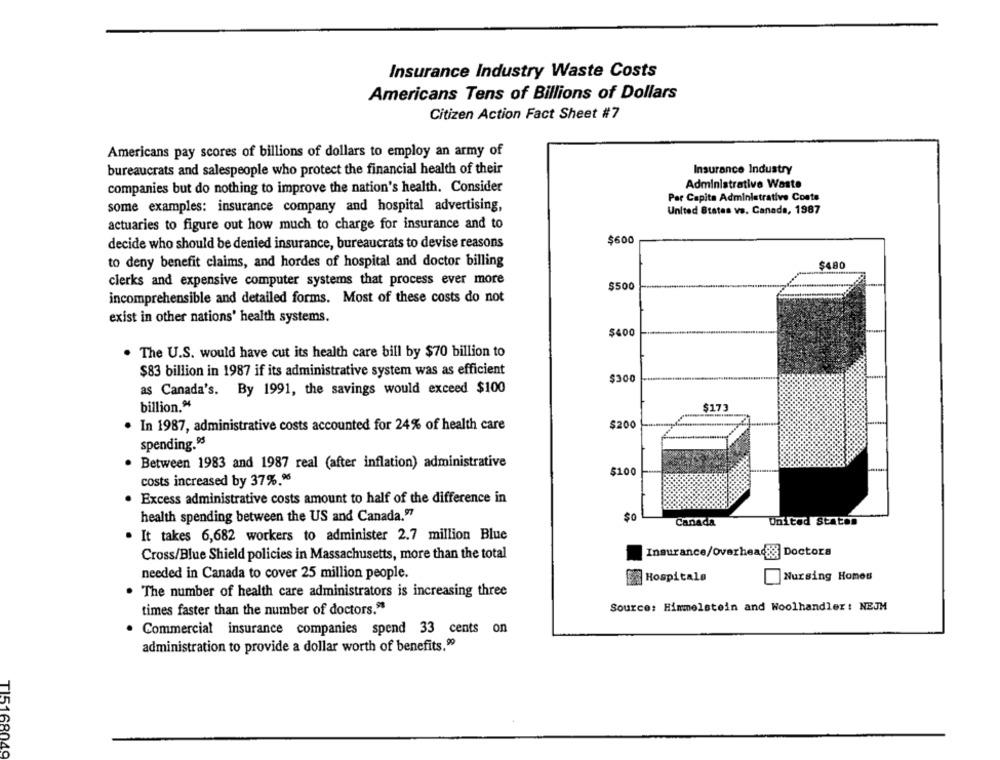
Insurance Industry Waste Costs
Americans Tens of Billions of Dollars
Citizen Action Fact Sheet #7
Americans pay scores of billions of dollars to employ an army of
bureaucrats and salespeople who protect the financial health of their
Insurance Industry
companies but do nothing to improve the nation's health. Consider
Administrative Waste
Per Capita Administrative Costs
some examples: insurance company and hospital advertising,
United States vs. Canada, 1987
actuaries to figure out how much to charge for insurance and to
$600
decide who should be denied insurance, bureaucrats to devise reasons
to deny benefit claims, and hordes of hospital and doctor billing
clerks and expensive computer systems that process ever more
incomprehensible and detailed forms. Most of these costs do not
exist in other nations' health systems.
$400
. The U.S. would have cut its health care bill by $70 billion to
$83 billion in 1987 if its administrative system was as efficient
$300
as Canada's. By 1991, the savings would exceed $100
billion.“
$173
$200
. In 1987, administrative costs accounted for 24% of health care
spending.95
Between 1983 and 1987 real (after inflation) administrative
$100
costs increased by 37%.96
Excess administrative costs amount to half of the difference in
health spending between the US and Canada."7
$0
Canada
United States
It takes 6,682 workers to administer 2.7 million Blue
Cross/Blue Shield policies in Massachusetts, more than the total
Insurance/overhead&
Doctora
needed in Canada to cover 25 million people.
Nursing Homes
Hospitala
The number of health care administrators is increasing three
Source: Himmelstein and Woolhandler: NEJM
times faster than the number of doctors."
Commercial insurance companies spend 33 cents on
administration to provide a dollar worth of benefits.99
TI5168049